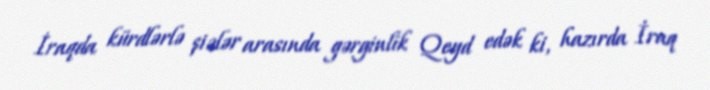
İraqda kürdlərlə şiələr arasında gərginlik Qeyd edək ki, hazırda İraq